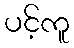
ပင့်ကူ